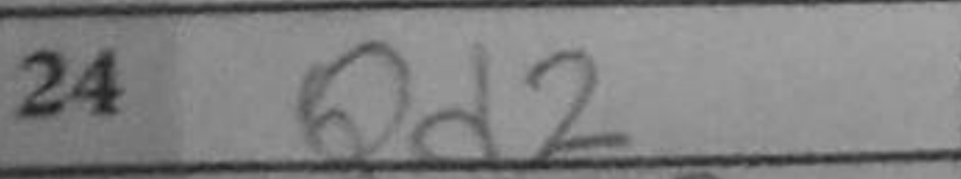
Transcription: Qd2